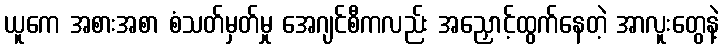
ယူကေ အစားအစာ စံသတ်မှတ်မှု အေဂျင်စီကလည်း အညှောင့်ထွက်နေတဲ့ အာလူးတွေနဲ့